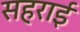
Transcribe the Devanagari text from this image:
सहराई